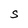
Character: S